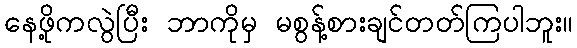
နေဖို့ကလွဲပြီး ဘာကိုမှ မစွန့်စားချင်တတ်ကြပါဘူး။